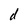
Character: d